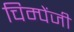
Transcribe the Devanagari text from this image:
चिम्पेंजी